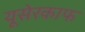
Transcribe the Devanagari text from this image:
यूसेरकाफ